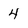
Character: 4